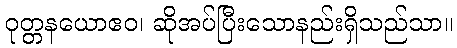
ဝုတ္တနယောဧဝ၊ ဆိုအပ်ပြီးသောနည်းရှိသည်သာ။